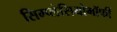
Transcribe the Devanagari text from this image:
सिम्प्लेसियोमॉर्फी